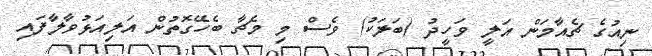
ނިއުގެ ޗެއާމަން އަލީ ވަހީދު (ބަލަކު) ވެސް މި މެޗާ ބެހޭގޮތުން އަލިއަޅުވާލާފައި